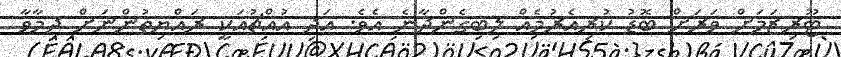
ޓޫރިޒަމަށް ވަރަށް ބޮޑު ކުރިއެރުމެއް ލިބިގެންދާނެ އެވެ. އަދި އުއްޗުއަކީ ރައްޔިތުންނަށް ދިމާވާ